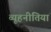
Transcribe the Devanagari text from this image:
व्यूहनीतियां